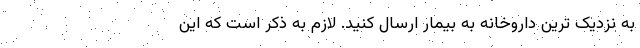
به نزدیک ترین داروخانه به بیمار ارسال کنید. لازم به ذکر است که این